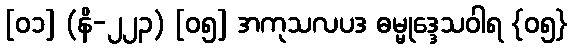
[၀၁] (နိ-၂၂၃) [၀၅] အကုသလပဒ ဓမ္မုဒ္ဒေသဝါရ {၀၅}